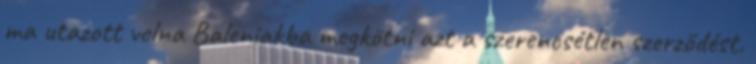
ma utazott volna Baleniakba megkötni azt a szerencsétlen szerződést.